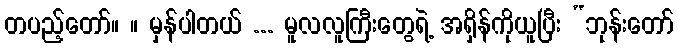
တပည့်တော်။ ။ မှန်ပါတယ် ... မူလလူကြီးတွေရဲ့ အရှိန်ကိုယူပြီး “ဘုန်းတော်